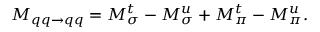
M _ { q q \rightarrow q q } = M _ { \sigma } ^ { t } - M _ { \sigma } ^ { u } + M _ { \pi } ^ { t } - M _ { \pi } ^ { u } .